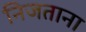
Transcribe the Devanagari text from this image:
निजताना